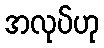
အလုပ်ဟု